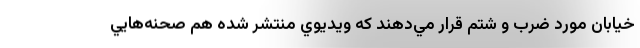
خيابان مورد ضرب و شتم قرار مي‌دهند كه ويديوي منتشر شده هم صحنه‌هايي